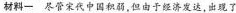
材料一 尽管宋代中国积弱，但由于经济发达，出现了